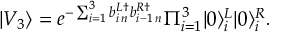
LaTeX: | V _ { 3 } \rangle = e ^ { - \sum _ { i = 1 } ^ { 3 } b _ { i \, n } ^ { L \dag } b _ { i - 1 \, n } ^ { R \dag } } \Pi _ { i = 1 } ^ { 3 } | 0 \rangle _ { i } ^ { L } | 0 \rangle _ { i } ^ { R } .